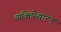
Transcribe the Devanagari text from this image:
व्यक्तिरेखाटन